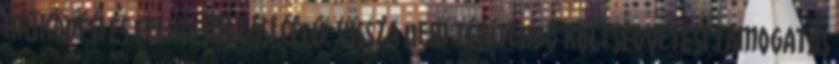
működési és felhalmozási célú, vissza nem térítendő költségvetési támogatás